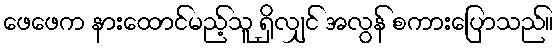
ဖေဖေက နားထောင်မည့်သူ ရှိလျှင် အလွန် စကားပြောသည်။